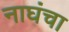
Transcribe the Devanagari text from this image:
नाघंचा